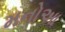
મનોઆ